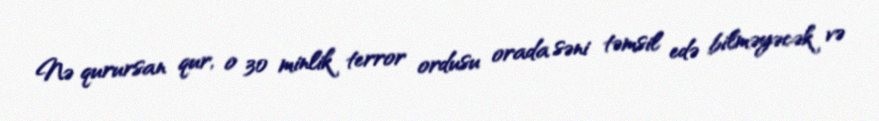
Nə qurursan qur, o 30 minlik terror ordusu orada səni təmsil edə bilməyəcək və